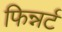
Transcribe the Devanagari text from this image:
फिन्नर्ट